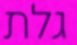
גלת